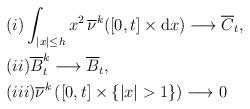
LaTeX: \begin{align*} & (i) \int_{\vert x \vert \leq h} x^2 \, \overline{\nu}^k([0,t] \times \textrm{d}x) \longrightarrow \overline{C}_t, \\ & (ii) \overline{B}_t^k \longrightarrow \overline{B}_t, \\ & (iii) \overline{\nu}^k \left([0,t] \times \{ \vert x \vert > 1 \}\right) \longrightarrow 0\end{align*}